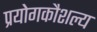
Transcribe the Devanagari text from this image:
प्रयोगकौशल्य